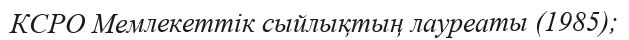
КСРО Мемлекеттік сыйлықтың лауреаты (1985);